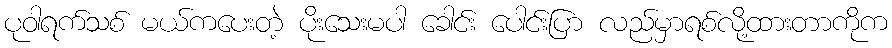
ပုဝါရက်သစ် မယ်ကပေးတဲ့ ပိုးသေးမပါ ခေါင်း ပေါင်းပြာ လည်မှာရစ်လို့ထားတာကိုက